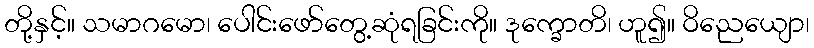
တို့နှင့်။ သမာဂမော၊ ပေါင်းဖော်တွေ့ဆုံရခြင်းကို။ ဒုက္ခောတိ၊ ဟူ၍။ ဝိညေယျော၊